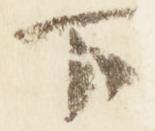
下